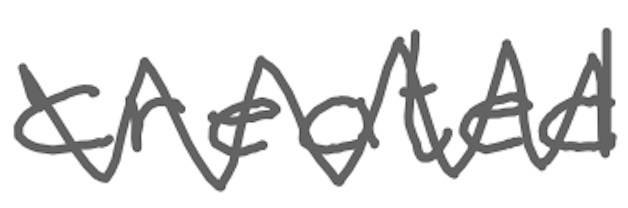
Text: created
Cross-out: zig-zag
Writing tool: digital_gray